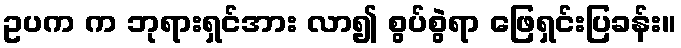
ဥပက က ဘုရားရှင်အား လာ၍ စွပ်စွဲရာ ဖြေရှင်းပြခန်း။